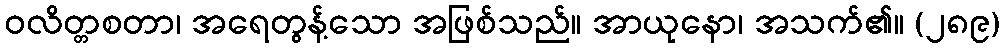
ဝလိတ္တစတာ၊ အရေတွန့်သော အဖြစ်သည်။ အာယုနော၊ အသက်၏။ (၂၈၉)